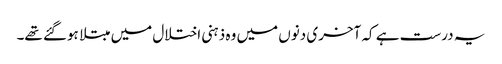
یہ درست ہے کہ آخری دنوں میں وہ ذہنی اختلال میں مبتلا ہوگئے تھے۔